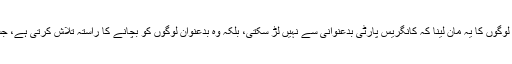
ہار کا اگر کوئی اور بڑا سبب ہے تو وہ یہ کہ لوگوں کا یہ مان لینا کہ کانگریس پارٹی بدعنوانی سے نہیں لڑ سکتی، بلکہ وہ بدعنوان لوگوں کو بچانے کا راستہ تلاش کرتی ہے، جسے انٹونی کمیٹی نے پرسپشن آف کرپشن کہا۔